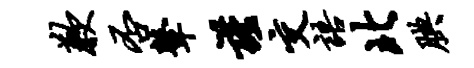
歉否鼙谨交语北腆